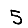
Digit: 5